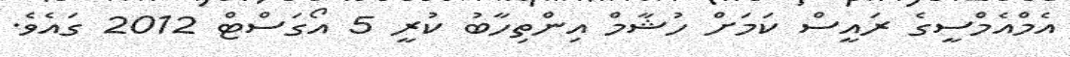
އެމްއެމްސީގެ ރައީސް ކަމަށް ހުޝާމް އިންތިހާބު ކުރީ 5 އޯގަސްޓް 2012 ގައެވެ.